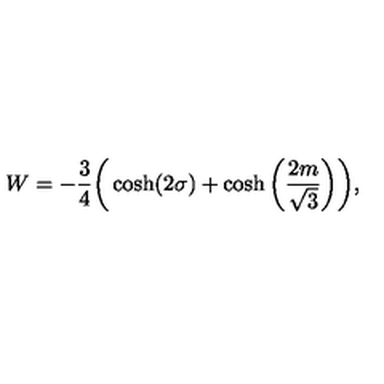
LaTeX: W = - { \frac { 3 } { 4 } } \bigg ( \cosh ( 2 \sigma ) + \cosh \bigg ( { \frac { 2 m } { \sqrt { 3 } } } \bigg ) \bigg ) ,